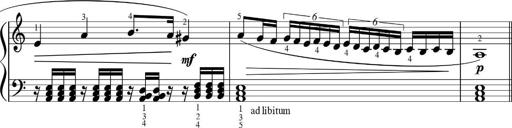
Title: Sonatinas
Composer: Andrew Violette